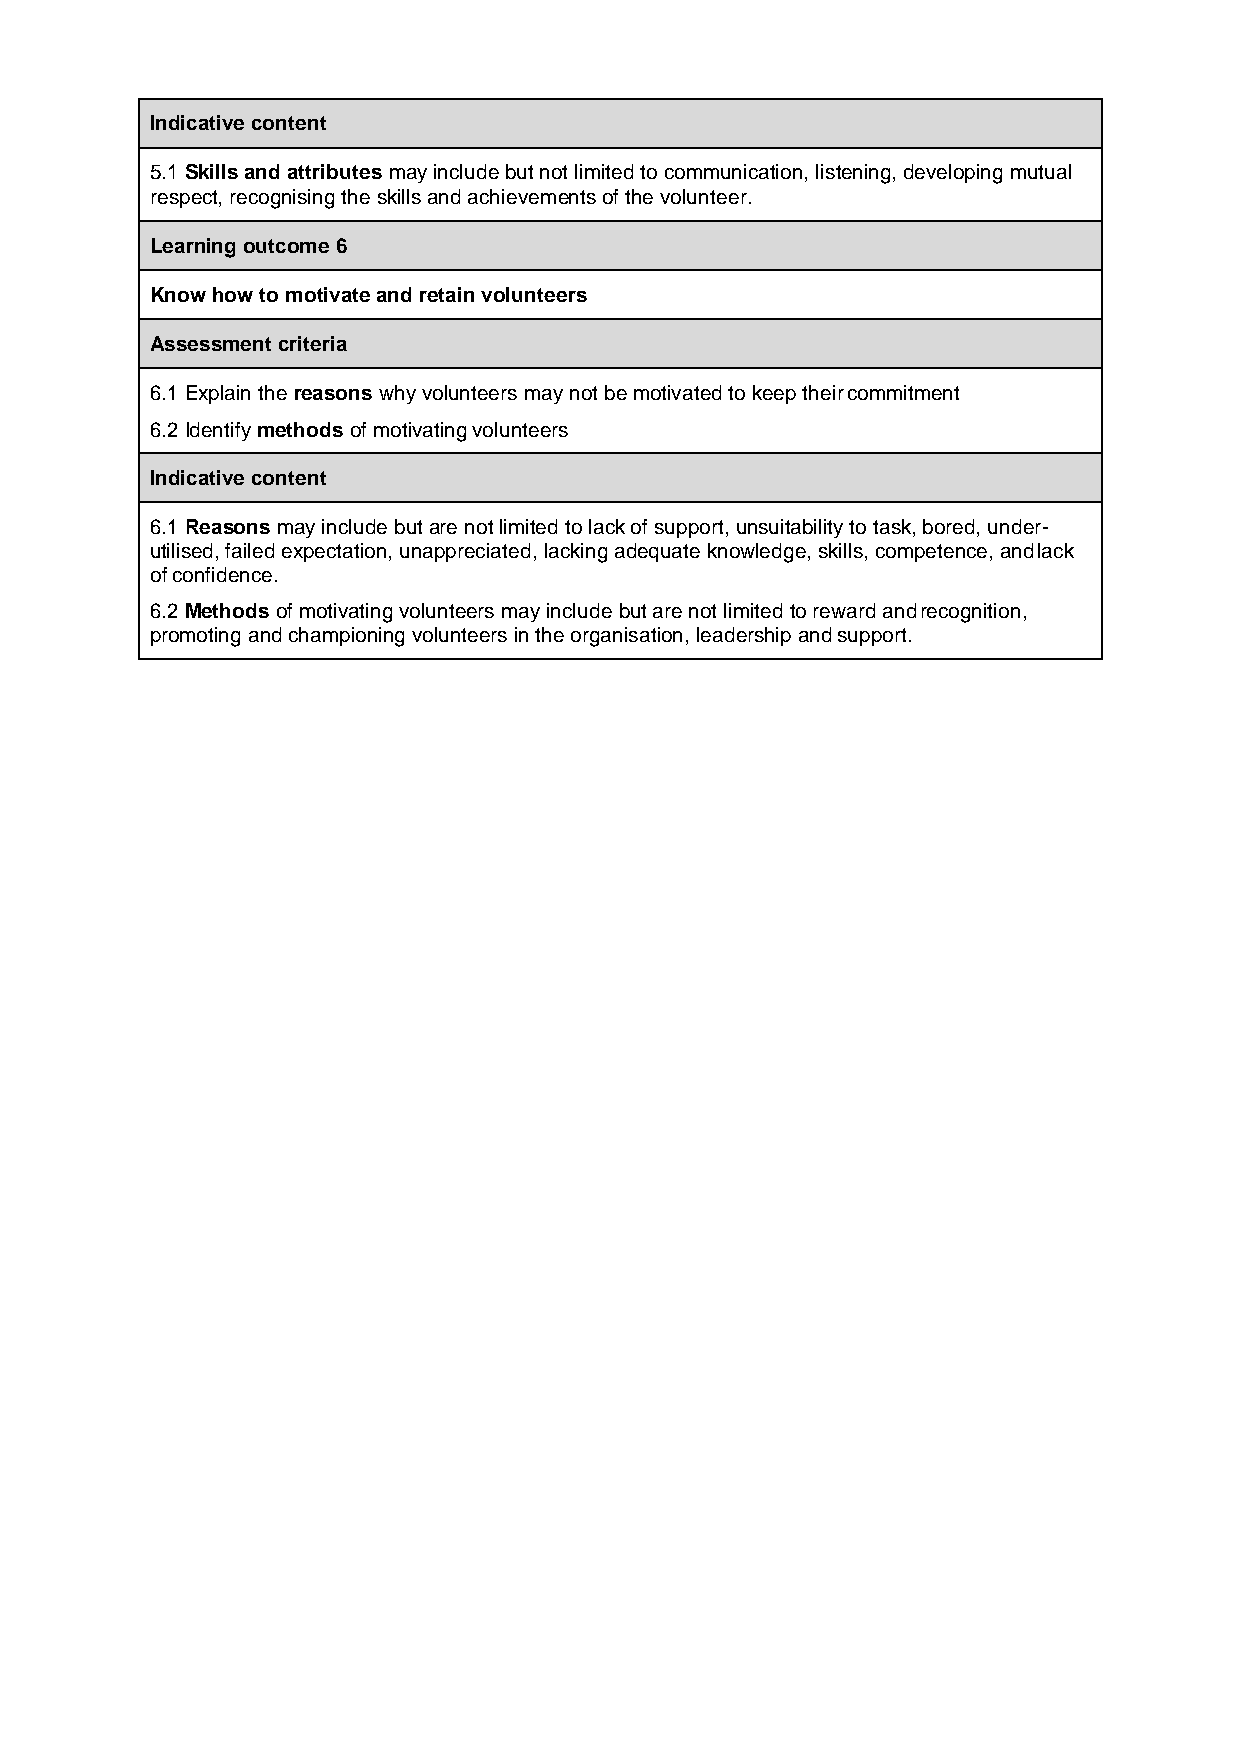
Indicative content
 5.1 Skills and attributes may include but not limited to communication, listening, developing mutual
 respect, recognising the skills and achievements of the volunteer.
 Learning outcome 6
 Know how to motivate and retain volunteers
 Assessment criteria
 6.1 Explain the reasons why volunteers may not be motivated to keep their commitment
 6.2 Identify methods of motivating volunteers
 Indicative content
 6.1 Reasons may include but are not limited to lack of support, unsuitability to task, bored, under-
 utilised, failed expectation, unappreciated, lacking adequate knowledge, skills, competence, and lack
 of confidence.
 6.2 Methods of motivating volunteers may include but are not limited to reward and recognition,
 promoting and championing volunteers in the organisation, leadership and support.
 52